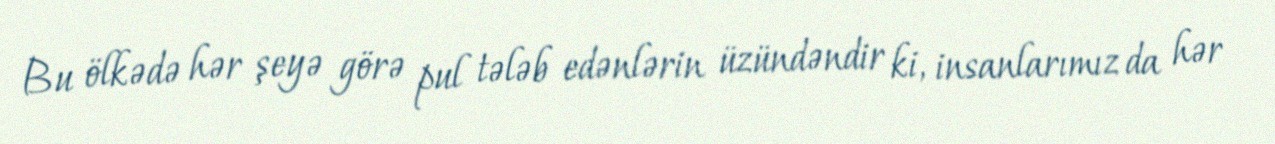
Bu ölkədə hər şeyə görə pul tələb edənlərin üzündəndir ki, insanlarımız da hər